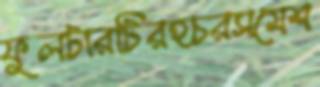
ফুলটারটিরহচরসমেশ